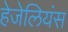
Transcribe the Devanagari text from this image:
हेजेलियंस